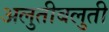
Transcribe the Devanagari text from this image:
अलुतीबलुती